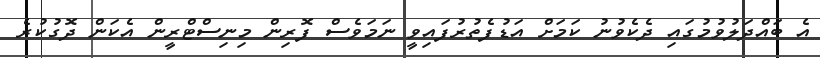
އެ ބައްދަލުވުމުގައި ދެކެވުނު ކަމަށް އަޑުފެތުރުފައިވީ ނަމަވެސް ފޮރިން މިނިސްޓްރީން އެކަން ދޮގުކުރެ